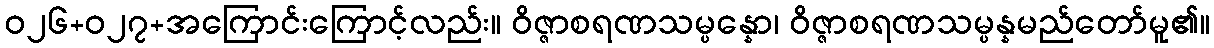
ဝ၂၆+၀၂၇+အကြောင်းကြောင့်လည်း။ ဝိဇ္ဇာစရဏသမ္ပန္နော၊ ဝိဇ္ဇာစရဏသမ္ပန္နမည်တော်မူ၏။